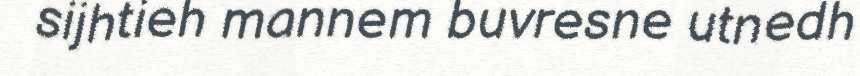
sijhtieh mannem buvresne utnedh